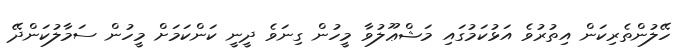
ހޭލުންތެރިކަން އިތުރުވެ އަޅުކަމުގައި މަޝްޢޫލުވާ މީހުން ގިނަވެ ދީނީ ކަންކަމަށް މީހުން ސަމާލުކަންދޭ